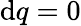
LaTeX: \mathrm{d}q=0